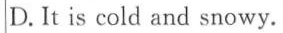
D. It is cold and snowy.